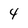
Character: 4